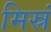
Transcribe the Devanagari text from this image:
मिस्रं